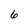
Character: 6